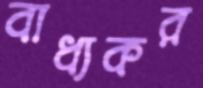
বাধ্যকর